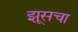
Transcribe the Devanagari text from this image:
झूसचा